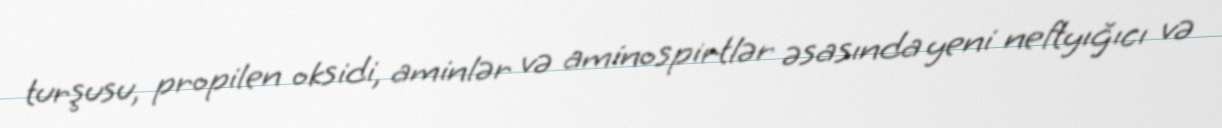
turşusu, propilen oksidi, aminlər və aminospirtlər əsasında yeni neftyığıcı və